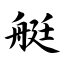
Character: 艇